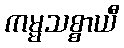
ကမ္မသစ္စာယီ